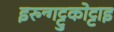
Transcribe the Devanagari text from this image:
इरुन्गट्टुकोट्टाइ